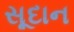
સૂદાન